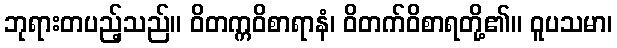
ဘုရားတပည့်သည်။ ဝိတက္ကဝိစာရာနံ၊ ဝိတက်ဝိစာရတို့၏။ ဝူပသမာ၊